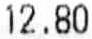
12.80